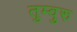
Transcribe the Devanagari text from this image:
तुम्वुरु